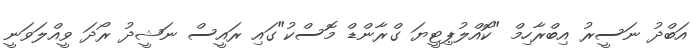
އަބްދު ނަސީރު އިބްރާހިމް "ކޮއްލުޕިޓީޔަ ގްރާންޑް މޮސްކު"ގައި ރައީސް ނަޝީދު ރޯދަ ވީއްލަވަނީ